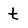
Character: t